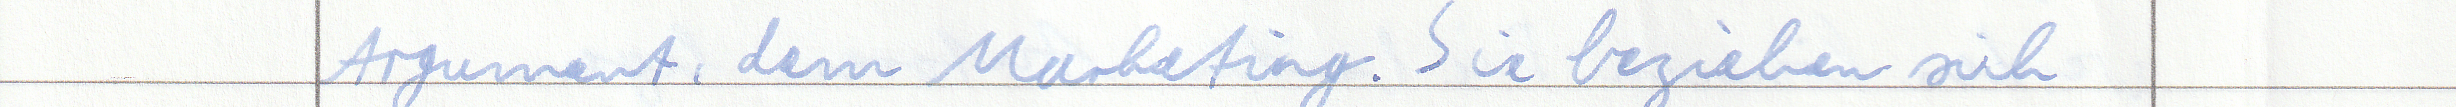
Argument, dem Marketing. Sie beziehen sich